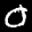
Label: 0